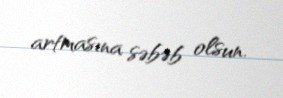
artmasına səbəb olsun.